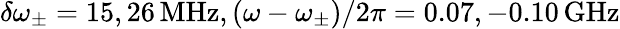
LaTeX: \delta\omega_{\pm}=15,26\, \textrm{MHz},(\omega-\omega_{\pm})/2\pi=0.07,-0.10\, \textrm{GHz}